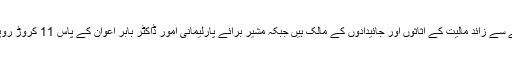
مشیر برائے موسمیاتی تبدیلی ملک امین اسلم 14 کروڑ روپے سے زائد مالیت کے اثاثوں اور جائیدادوں کے مالک ہیں جبکہ مشیر برائے پارلیمانی امور ڈاکٹر بابر اعوان کے پاس 11 کروڑ روپے کے اثاثے اور 56 کروڑ 70 لاکھ روپے نقد موجود ہیں۔